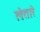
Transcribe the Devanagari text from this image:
लेतारे